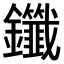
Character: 𫓤